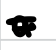
Text: a
Cross-out: double-line
Writing tool: digital_black